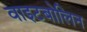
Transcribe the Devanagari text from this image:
वाइटबोलिन